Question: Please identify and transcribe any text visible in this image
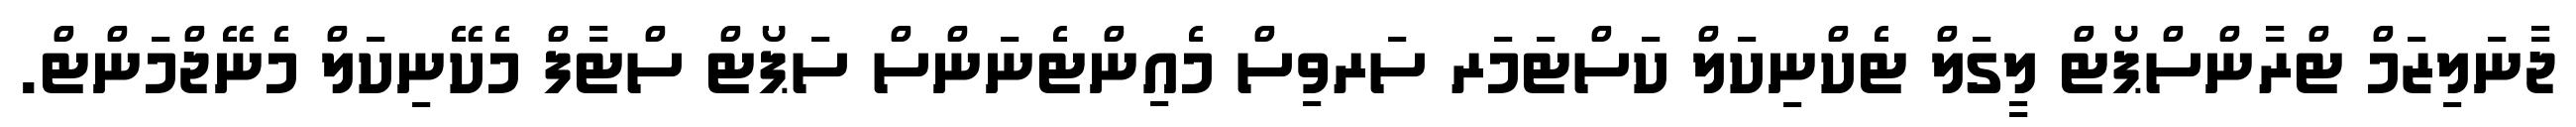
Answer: ޖާނަލިޒަމް ޓްރާންސްޕޯޓް ލީގަލް ޓެކްނިކަލް ކަސްޓަމަރ ސަރވިސް މެއިންޓެނަންސް ސަޕޯޓް ސްޓާފް މެކޭނިކަލް މެނޭޖްމަންޓް.